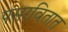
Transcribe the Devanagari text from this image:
पसरवितात